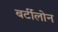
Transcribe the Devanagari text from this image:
बर्टीलोन